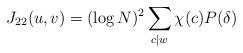
LaTeX: \begin{align*} J_{22}(u,v)=(\log{N})^2\sum_{c\mid w}\chi(c)P(\delta)\end{align*}